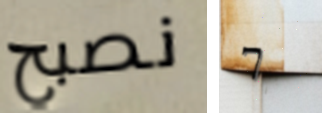
نصبح 7